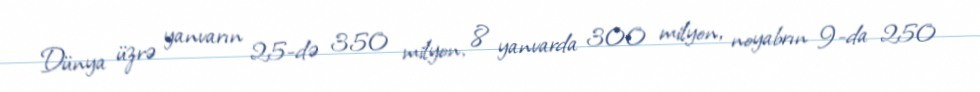
Dünya üzrə yanvarın 25-də 350 milyon, 8 yanvarda 300 milyon, noyabrın 9-da 250